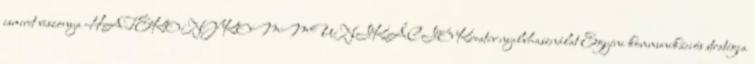
ismeret viszonya HATÉKONY KOMMUNIKÁCIÓ Kreatív nyelvhasználat Egyéni kommunikációs stratégia